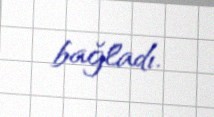
bağladı.